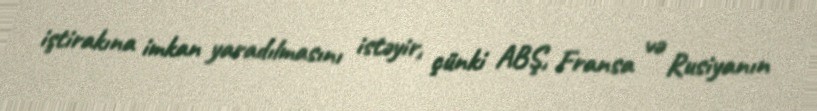
iştirakına imkan yaradılmasını istəyir, çünki ABŞ, Fransa və Rusiyanın